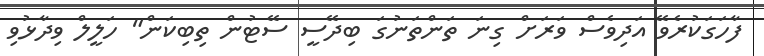
ފާހަގަކުރެވޭ އަދިވެސް ވަރަށް ގިނަ ތަންތަނުގަ ބިދޭސީ ސޭޓުން ތިބިކަން" ހަލީލް ވިދާޅުވި